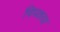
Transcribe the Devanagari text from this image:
चिपकया